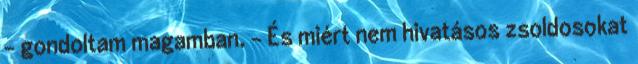
- gondoltam magamban. - És miért nem hivatásos zsoldosokat